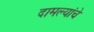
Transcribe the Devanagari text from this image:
दामल्यांचे